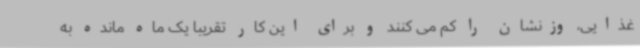
غذایی، وزنشان را کم می کنند و برای این کار تقریبا یک ماه مانده به